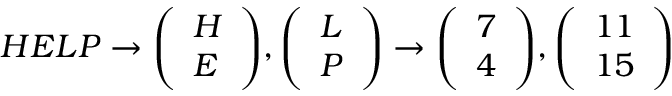
H E L P \to { \left( \begin{array} { l } { H } \\ { E } \end{array} \right) } , { \left( \begin{array} { l } { L } \\ { P } \end{array} \right) } \to { \left( \begin{array} { l } { 7 } \\ { 4 } \end{array} \right) } , { \left( \begin{array} { l } { 1 1 } \\ { 1 5 } \end{array} \right) }